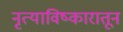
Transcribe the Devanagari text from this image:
नृत्याविष्कारातून